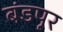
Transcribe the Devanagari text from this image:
बंडपूर